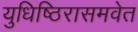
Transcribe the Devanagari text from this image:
युधिष्ठिरासमवेत